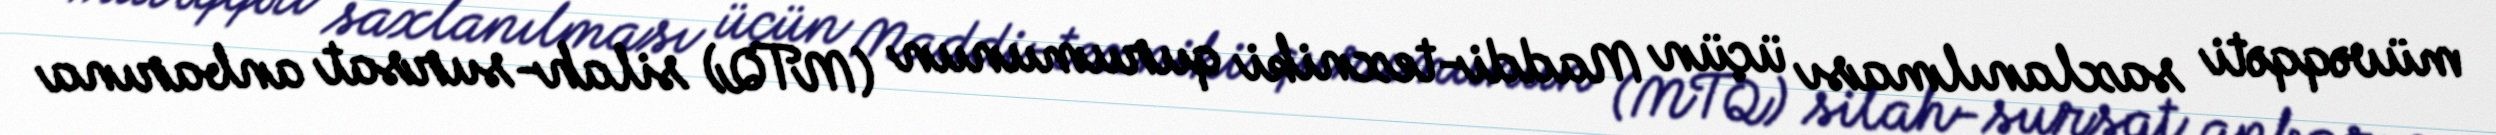
müvəqqəti saxlanılması üçün Maddi-texniki qurumunun (MTQ) silah-sursat anbarına